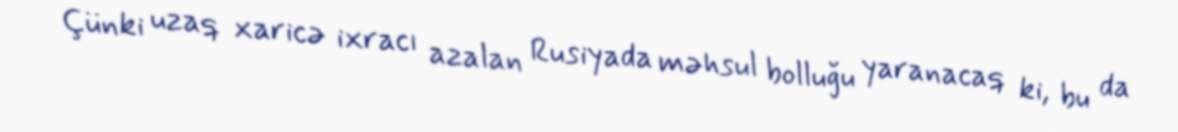
Çünki uzaq xaricə ixracı azalan Rusiyada məhsul bolluğu yaranacaq ki, bu da